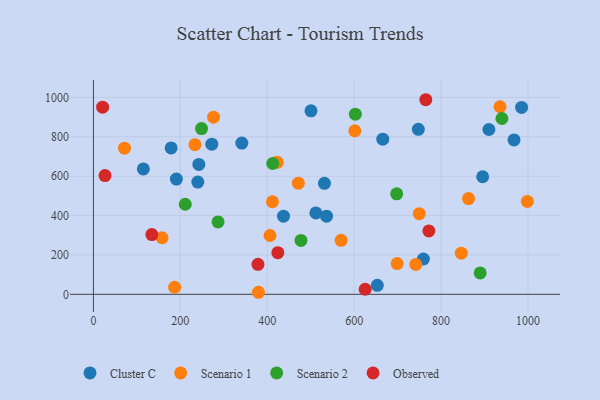
{"axis": {"x": "Investment", "y": "Fuel Efficiency"}, "legend": ["Cluster C", "Observed", "Scenario 1", "Scenario 2"], "data": [{"x": "985.2", "y": 949.3, "type": "Cluster C"}, {"x": "531.6", "y": 563.8, "type": "Cluster C"}, {"x": "242.6", "y": 659.8, "type": "Cluster C"}, {"x": "759.3", "y": 179.5, "type": "Cluster C"}, {"x": "240.2", "y": 569.9, "type": "Cluster C"}, {"x": "190.9", "y": 585.4, "type": "Cluster C"}, {"x": "910.0", "y": 837.2, "type": "Cluster C"}, {"x": "114.9", "y": 637.0, "type": "Cluster C"}, {"x": "437.4", "y": 396.9, "type": "Cluster C"}, {"x": "500.6", "y": 932.0, "type": "Cluster C"}, {"x": "511.9", "y": 413.6, "type": "Cluster C"}, {"x": "653.2", "y": 45.6, "type": "Cluster C"}, {"x": "967.8", "y": 784.2, "type": "Cluster C"}, {"x": "895.6", "y": 597.3, "type": "Cluster C"}, {"x": "178.8", "y": 743.4, "type": "Cluster C"}, {"x": "747.6", "y": 838.1, "type": "Cluster C"}, {"x": "341.5", "y": 768.4, "type": "Cluster C"}, {"x": "665.8", "y": 787.8, "type": "Cluster C"}, {"x": "536.4", "y": 396.9, "type": "Cluster C"}, {"x": "272.4", "y": 762.7, "type": "Cluster C"}, {"x": "698.9", "y": 156.1, "type": "Scenario 1"}, {"x": "846.5", "y": 209.2, "type": "Scenario 1"}, {"x": "276.5", "y": 899.9, "type": "Scenario 1"}, {"x": "186.9", "y": 35.8, "type": "Scenario 1"}, {"x": "863.1", "y": 486.4, "type": "Scenario 1"}, {"x": "741.7", "y": 151.8, "type": "Scenario 1"}, {"x": "406.4", "y": 298.7, "type": "Scenario 1"}, {"x": "379.8", "y": 10.4, "type": "Scenario 1"}, {"x": "158.0", "y": 287.4, "type": "Scenario 1"}, {"x": "601.5", "y": 830.5, "type": "Scenario 1"}, {"x": "412.0", "y": 470.1, "type": "Scenario 1"}, {"x": "569.9", "y": 274.1, "type": "Scenario 1"}, {"x": "422.9", "y": 670.2, "type": "Scenario 1"}, {"x": "71.5", "y": 742.3, "type": "Scenario 1"}, {"x": "471.5", "y": 564.5, "type": "Scenario 1"}, {"x": "749.7", "y": 409.4, "type": "Scenario 1"}, {"x": "935.6", "y": 952.7, "type": "Scenario 1"}, {"x": "233.6", "y": 760.3, "type": "Scenario 1"}, {"x": "998.5", "y": 471.9, "type": "Scenario 1"}, {"x": "286.8", "y": 367.9, "type": "Scenario 2"}, {"x": "211.3", "y": 457.5, "type": "Scenario 2"}, {"x": "697.8", "y": 510.4, "type": "Scenario 2"}, {"x": "889.9", "y": 108.8, "type": "Scenario 2"}, {"x": "412.6", "y": 664.5, "type": "Scenario 2"}, {"x": "477.6", "y": 273.7, "type": "Scenario 2"}, {"x": "248.8", "y": 842.1, "type": "Scenario 2"}, {"x": "939.9", "y": 893.1, "type": "Scenario 2"}, {"x": "602.7", "y": 914.9, "type": "Scenario 2"}, {"x": "378.6", "y": 152.4, "type": "Observed"}, {"x": "134.5", "y": 303.4, "type": "Observed"}, {"x": "26.7", "y": 603.0, "type": "Observed"}, {"x": "764.8", "y": 988.4, "type": "Observed"}, {"x": "424.3", "y": 211.6, "type": "Observed"}, {"x": "771.8", "y": 322.0, "type": "Observed"}, {"x": "625.2", "y": 25.7, "type": "Observed"}, {"x": "21.2", "y": 950.6, "type": "Observed"}]}